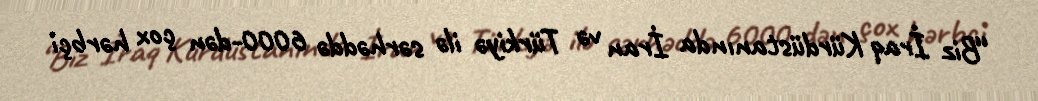
“Biz İraq Kürdüstanında İran və Türkiyə ilə sərhəddə 6000-dən çox hərbçi